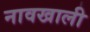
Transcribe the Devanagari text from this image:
नावखाली